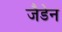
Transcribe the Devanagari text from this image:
जैडेन